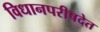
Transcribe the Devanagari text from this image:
विधानपरीषदेत